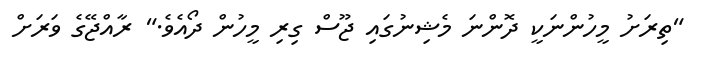
"ތިރަށު މީހުންނަކީ ދޮންނަ މެޝިނުގައި ޖޫސް ގިރި މީހުން ދޯއެވެ." ރާއްޖޭގެ ވަރަށް